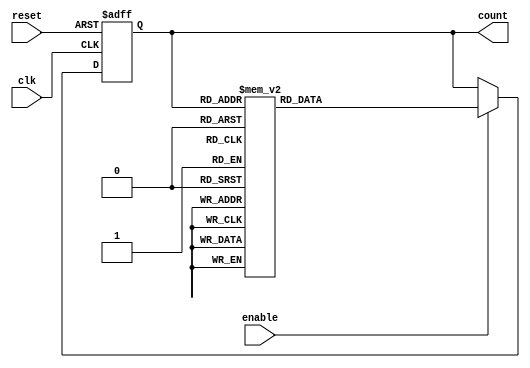
module decade_ring_counter (
    input wire clk,          // Clock input
    input wire reset,        // Asynchronous reset input
    input wire enable,       // Enable signal
    output reg [3:0] count   // 4-bit output representing the current count
);

    // State transition logic for the decade ring counter
    always @(posedge clk or posedge reset) begin
        if (reset) begin
            // Reset to initial state (0001)
            count <= 4'b0001;
        end else if (enable) begin
            case (count)
                4'b0001: count <= 4'b0010; // 1 -> 2
                4'b0010: count <= 4'b0011; // 2 -> 3
                4'b0011: count <= 4'b0100; // 3 -> 4
                4'b0100: count <= 4'b0101; // 4 -> 5
                4'b0101: count <= 4'b0110; // 5 -> 6
                4'b0110: count <= 4'b0111; // 6 -> 7
                4'b0111: count <= 4'b1000; // 7 -> 8
                4'b1000: count <= 4'b1001; // 8 -> 9
                4'b1001: count <= 4'b0001; // 9 -> 1 (wrap around)
                default: count <= 4'b0001; // Default to initial state
            endcase
        end
    end

endmodule